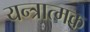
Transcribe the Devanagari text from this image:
यन्त्रात्मक